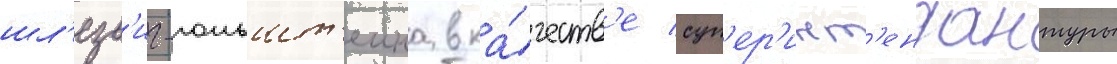
шл'езв'иг-гольшт'еина в ка́честв'е суп'ер'инт'ендантуры